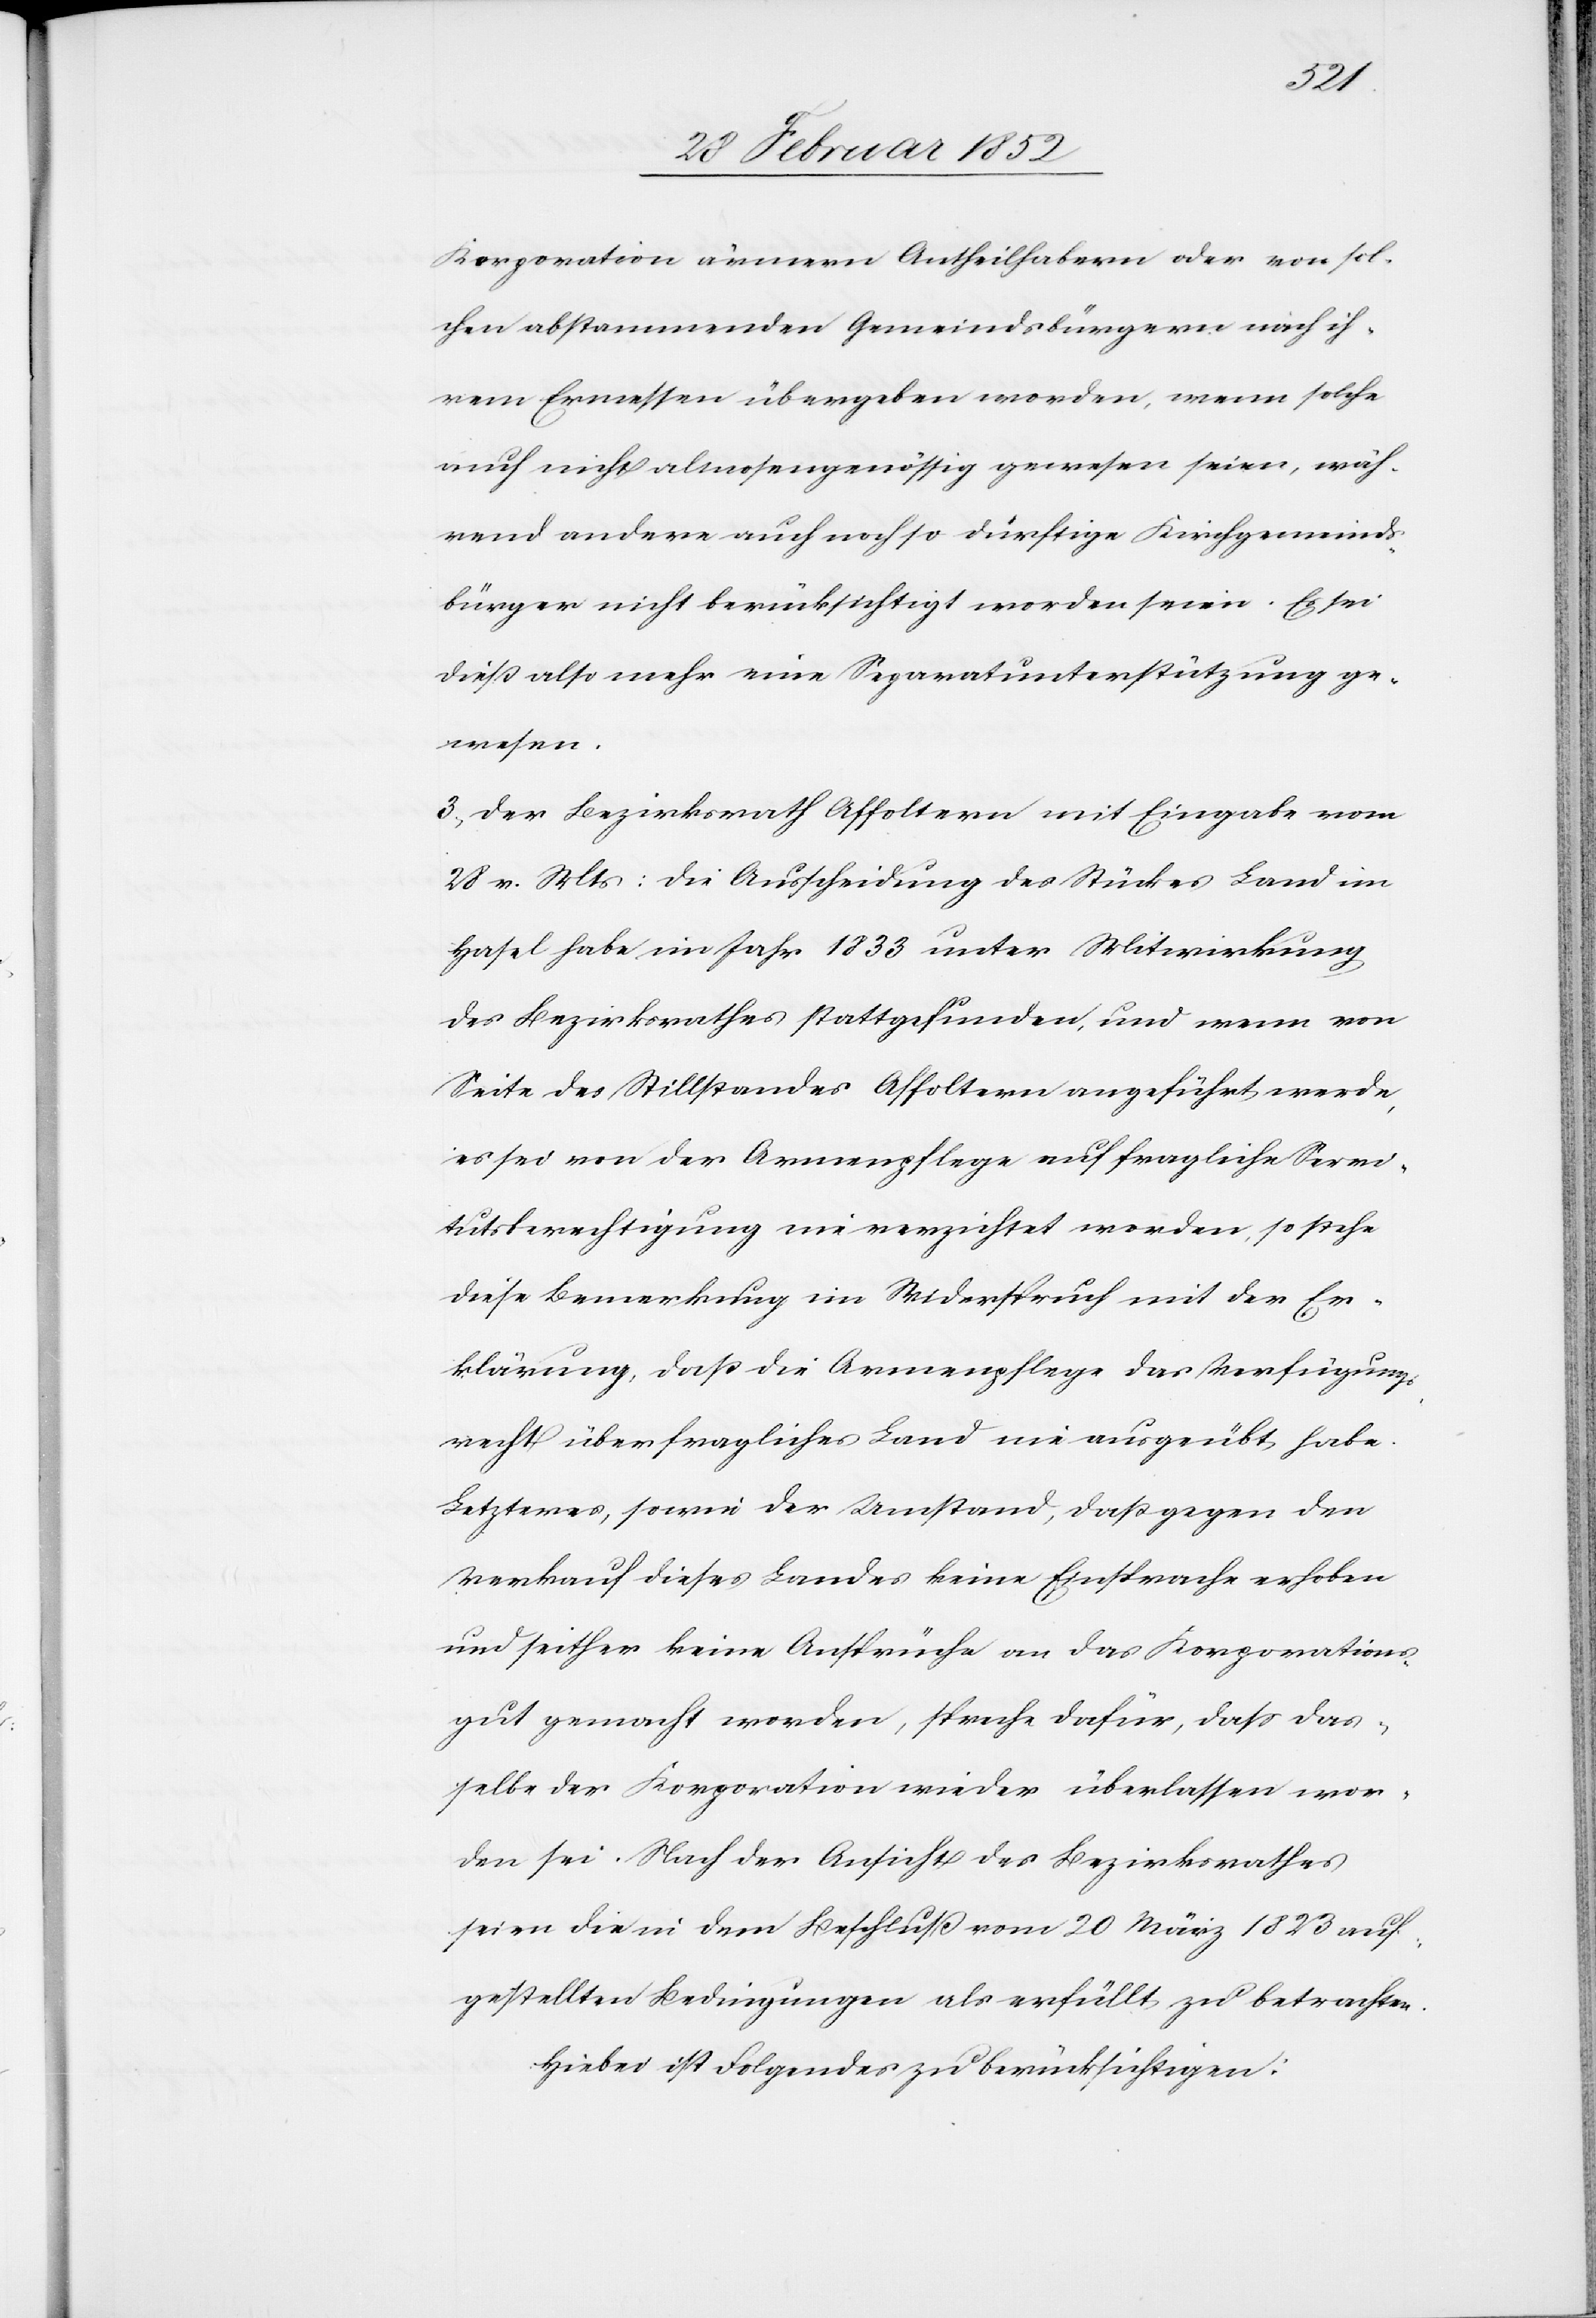
Korporation ärmern Antheilhabern oder von sol¬
chen abstammenden Gemeindsbürgern nach ih¬
rem Ermessen übergeben worden, wenn solche
auch nicht almosensgenössig gewesen seien, wäh¬
rend andere auch noch so dürftige Kirchgemeinds¬
bürger nicht berücksichtigt worden seien. Es sei
dieß also mehr eine Separatunterstützung ge¬
wesen.
3.) Der Bezirksrath Affoltern mit Eingabe vom
28 v. Mts: die Ausscheidung des Stückes Land im
Hasel habe im Jahr 1833 unter Mitwirkung
des Bezirksrathes stattgefunden, und wenn von
Seite des Stillstandes Affoltern angeführt werde,
es sei von der Armenpflege auf fragliche Servi¬
tutsberechtigung nie verzichtet worden, so stehe
diese Bemerkung im Widerspruch mit der Er¬
klärung, daß die Armenpflege das Verfügungs¬
recht über fragliches Land nie ausgeübt habe.
Letzteres, sowie der Umstand, daß gegen den
Verkauf dieses Landes keine Einsprache erhoben
und seither keine Ansprüche an das Korporations¬
gut gemacht worden, spreche dafür, daß das¬
selbe der Korporation wieder überlassen wor¬
den sei. Nach der Ansicht des Bezirksrathes
seien die in dem Beschluß vom 20 März 1823 auf¬
gestellten Bedingungen als erfüllt zu betrachten.
Hiebei ist Folgendes zu berücksichtigen: